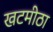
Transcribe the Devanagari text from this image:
खटमीठा